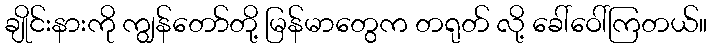
ချိုင်းနားကို ကျွန်တော်တို့ မြန်မာတွေက တရုတ် လို့ ခေါ်ဝေါ်ကြတယ်။